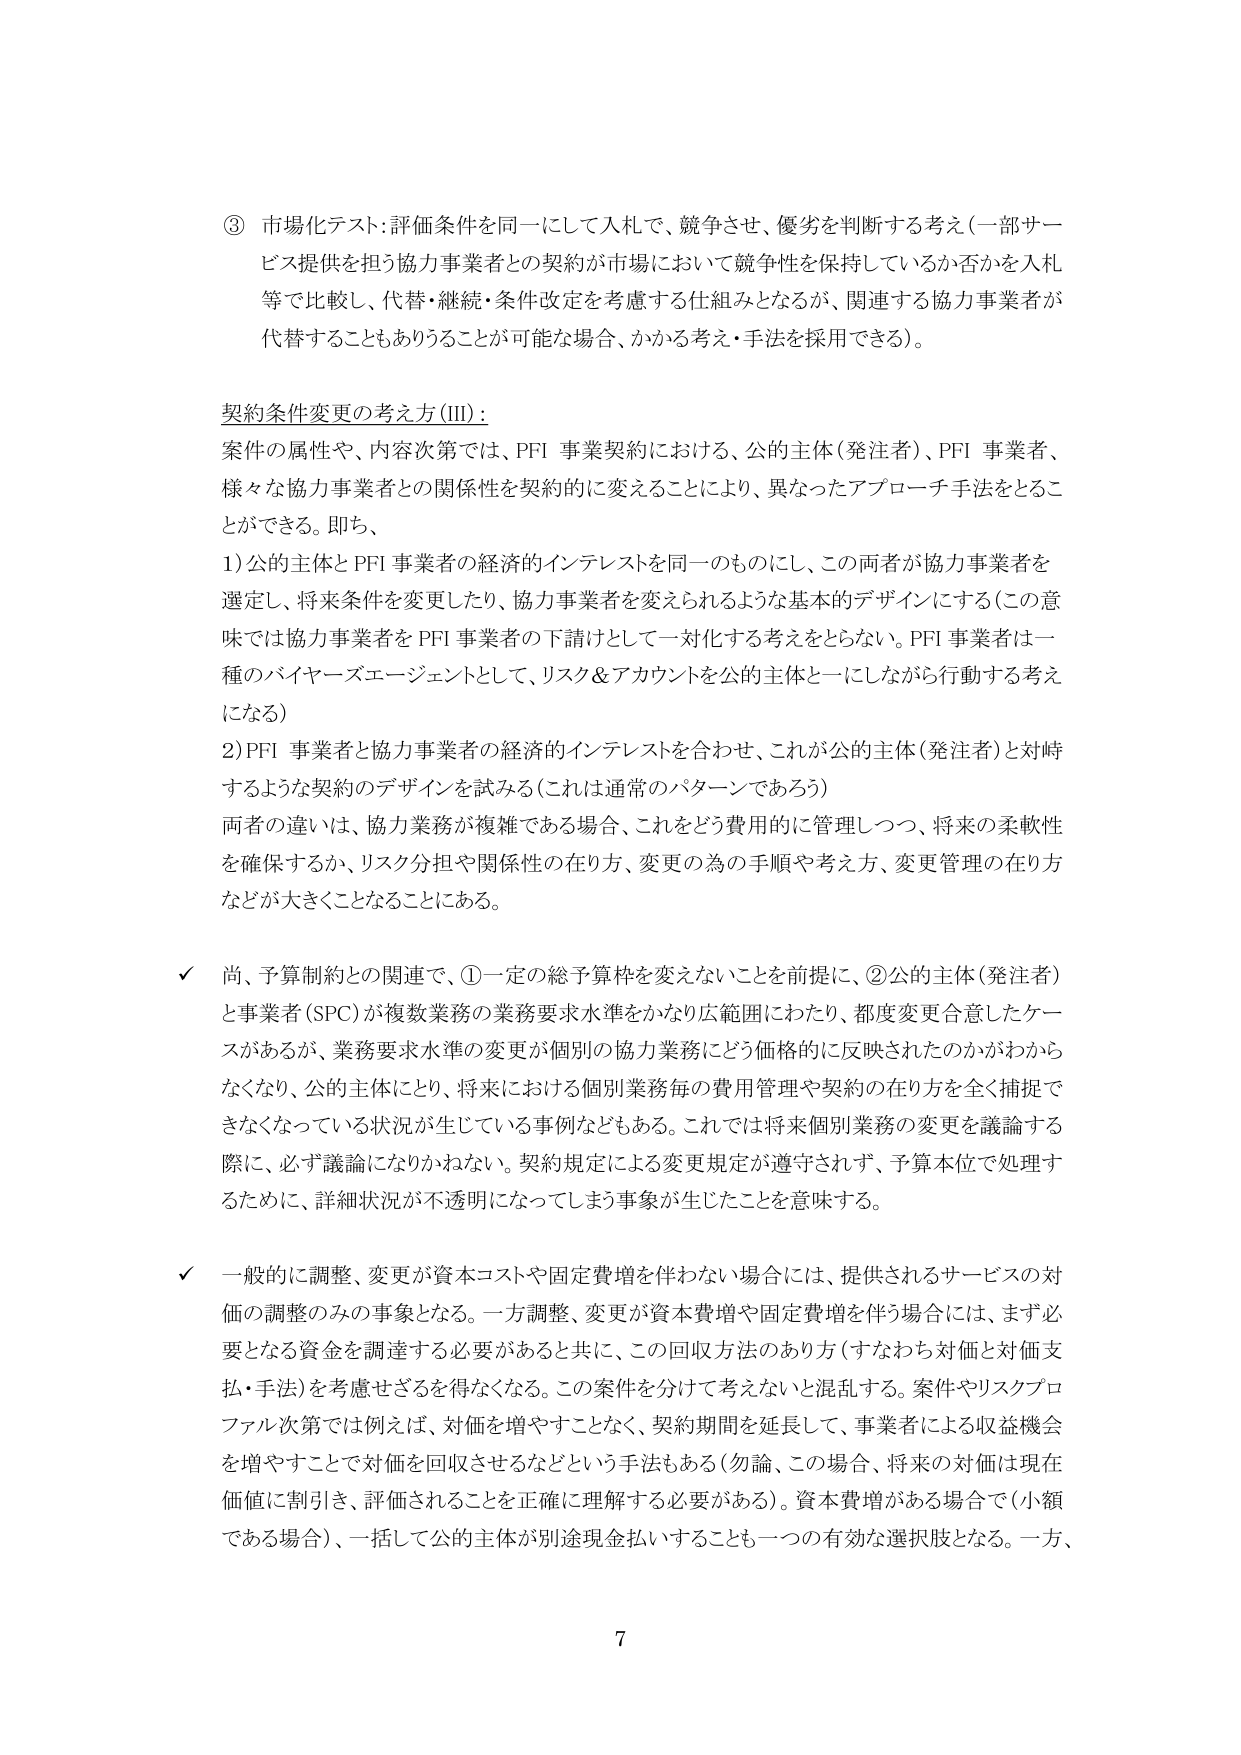
③ 市場化テスト：評価条件を同一にして入札で、競争させ、優劣を判断する考え（一部サービス提供を担う協力事業者との契約が市場において競争性を保持しているか否かを入札等で比較し、代替・継続・条件改定を考慮する仕組みとなるが、関連する協力事業者が代替することもありうることが可能な場合、かかる考え・手法を採用できる）。

契約条件変更の考え方（Ⅲ）：
案件の属性や、内容次第では、PFI 事業契約における、公的主体（発注者）、PFI 事業者、様々な協力事業者との関係性を契約的に変えることにより、異なったアプローチ手法をとることができる。即ち、
1) 公的主体と PFI 事業者の経済的インテレストを同一のものにし、この両者が協力事業者を選定し、将来条件を変更したり、協力事業者を変えられるような基本的デザインにする（この意味では協力事業者を PFI 事業者の下請けとして一対化する考えをとらない。PFI 事業者は一種のバイヤーズエージェントとして、リスク＆アカウントを公的主体と一にしながら行動する考えになる）
2) PFI 事業者と協力事業者の経済的インテレストを合わせ、これが公的主体（発注者）と対峙するような契約のデザインを試みる（これは通常のパターンであろう）
両者の違いは、協力業務が複雑である場合、これをどう費用的に管理しつつ、将来の柔軟性を確保するか、リスク分担や関係性の在り方、変更の為の手順や考え方、変更管理の在り方などが大きくことなることにある。

✓ 尚、予算制約との関連で、①一定の総予算枠を変えないことを前提に、②公的主体（発注者）と事業者（SPC）が複数業務の業務要求水準をかなり広範囲にわたり、都度変更合意したケースがあるが、業務要求水準の変更が個別の協力業務にどう価格的に反映されたのかがわからなくなり、公的主体にとり、将来における個別業務毎の費用管理や契約の在り方を全く捕捉できなくなっている状況が生じている事例などもある。これでは将来個別業務の変更を議論する際に、必ず議論になりかねない。契約規定による変更規定が遵守されず、予算本位で処理するために、詳細状況が不透明になってしまう事象が生じたことを意味する。

✓ 一般的に調整、変更が資本コストや固定費増を伴わない場合には、提供されるサービスの対価の調整のみの事象となる。一方調整、変更が資本費増や固定費増を伴う場合には、まず必要となる資金を調達する必要があると共に、この回収方法のあり方（すなわち対価と対価支払・手法）を考慮せざるを得なくなる。この案件を分けて考えないと混乱する。案件やリスクプロファイル次第では例えば、対価を増やすことなく、契約期間を延長して、事業者による収益機会を増やすことで対価を回収させるなどという手法もある（勿論、この場合、将来の対価は現在価値に割引き、評価されることを正確に理解する必要がある）。資本費増がある場合で（小額である場合）、一括して公的主体が別途現金払いすることも一つの有効な選択肢となる。一方、

7